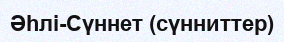
Әһлі-Сүннет (сүнниттер)